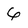
Character: 6